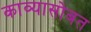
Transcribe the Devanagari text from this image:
काव्यासोबत